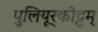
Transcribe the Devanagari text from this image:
पुलियूर्‌कोट्टम्